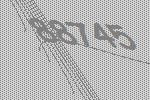
88745